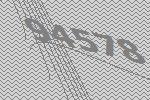
94578